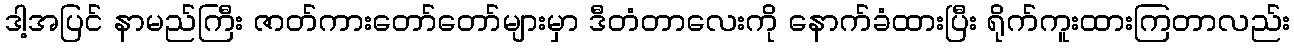
ဒါ့အပြင် နာမည်ကြီး ဇာတ်ကားတော်တော်များမှာ ဒီတံတာလေးကို နောက်ခံထားပြီး ရိုက်ကူးထားကြတာလည်း